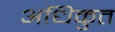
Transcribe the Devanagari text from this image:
अधिकुत